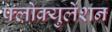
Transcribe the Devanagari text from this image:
फ्लोक्युलेशन